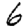
Digit: 6